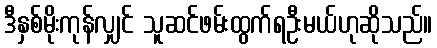
ဒီနှစ်မိုးကုန်လျှင် သူဆင်ဖမ်းထွက်ရဦးမယ်ဟုဆိုသည်။